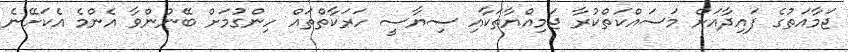
ޖަމާއަތުގެ ފައިދާއަށް މަސައްކަތްކުރާ ޖަމިއްޔާތަކާއި ސިޔާސީ ހަރަކާތްތައް ހިންގުމަށް ބޭނުންވާ އެންމެ އެކަށޭނެ